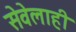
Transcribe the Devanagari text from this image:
सेवेलाही